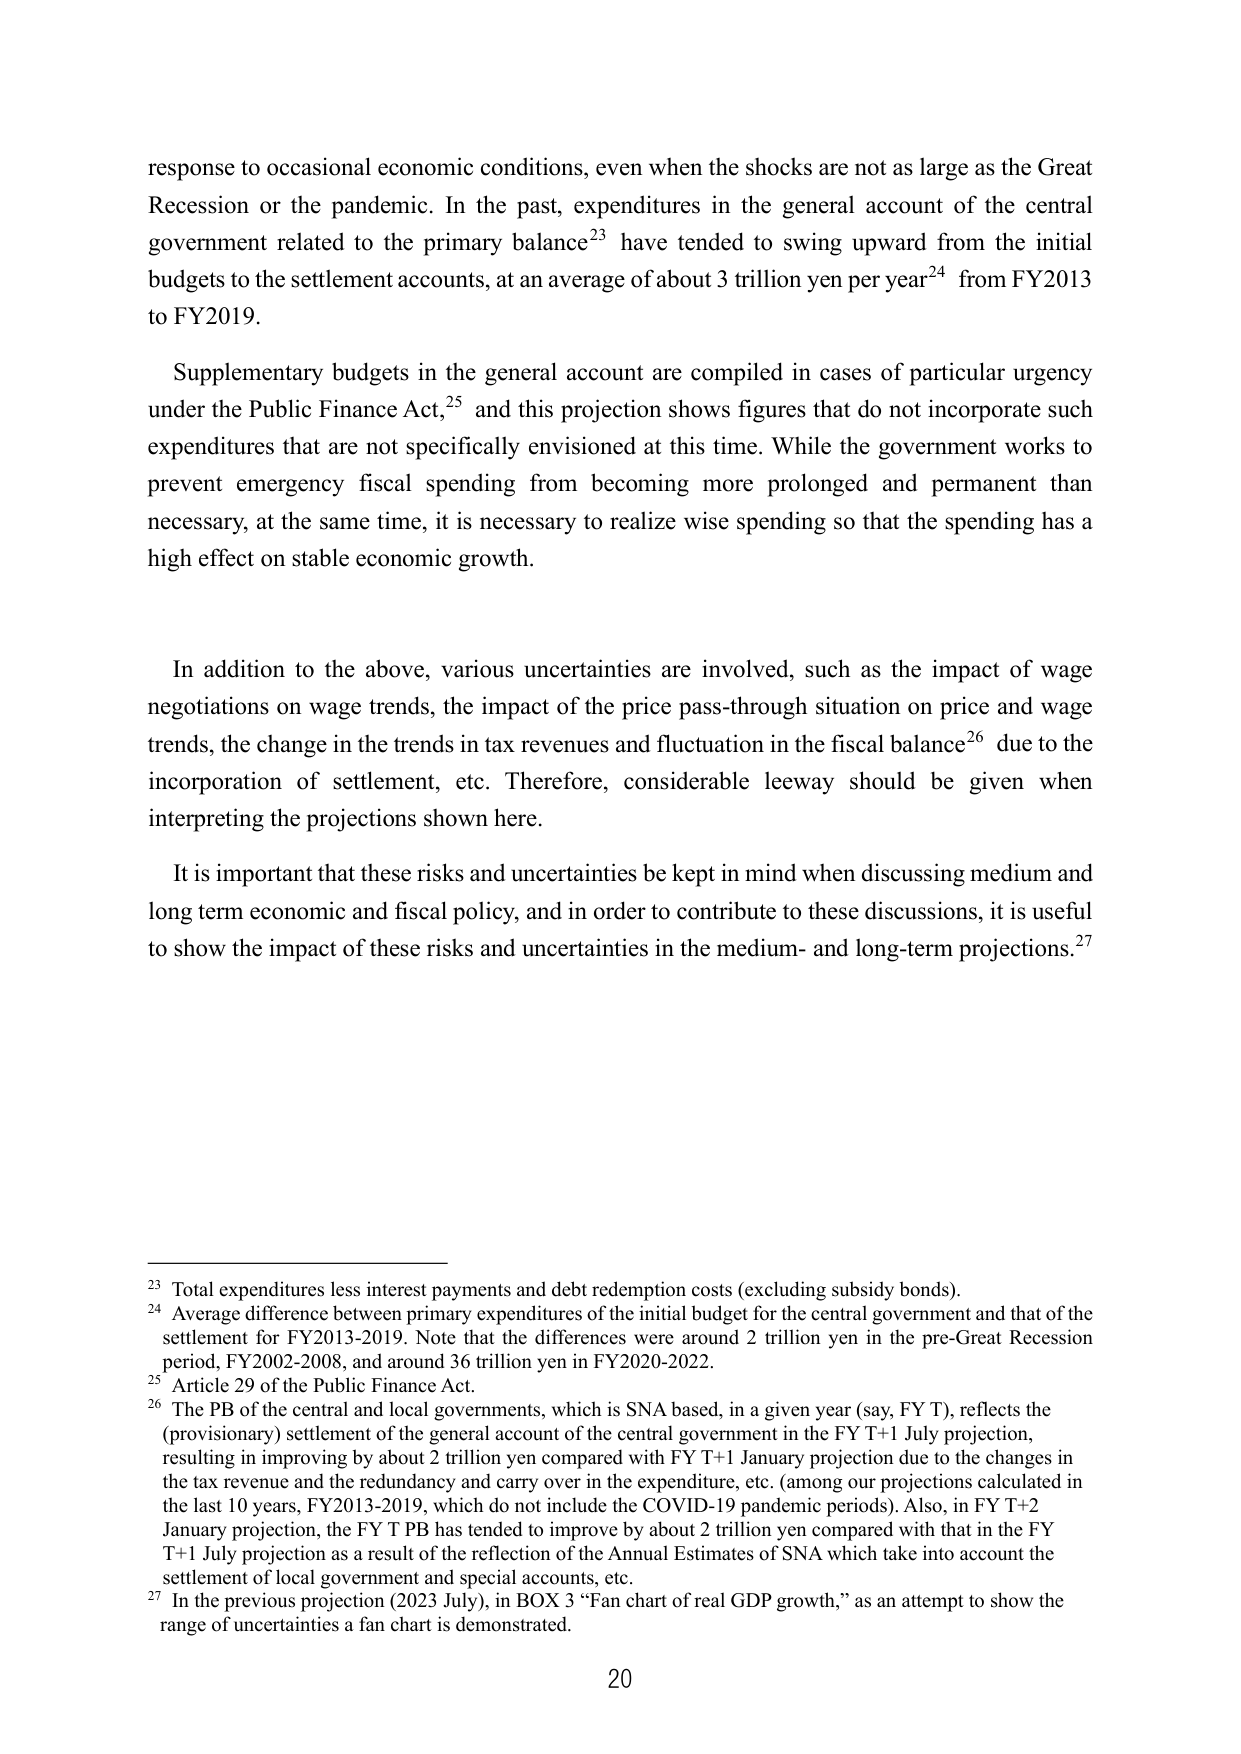
response to occasional economic conditions, even when the shocks are not as large as the Great Recession or the pandemic. In the past, expenditures in the general account of the central government related to the primary balance²³ have tended to swing upward from the initial budgets to the settlement accounts, at an average of about 3 trillion yen per year²⁴ from FY2013 to FY2019.

Supplementary budgets in the general account are compiled in cases of particular urgency under the Public Finance Act,²⁵ and this projection shows figures that do not incorporate such expenditures that are not specifically envisioned at this time. While the government works to prevent emergency fiscal spending from becoming more prolonged and permanent than necessary, at the same time, it is necessary to realize wise spending so that the spending has a high effect on stable economic growth.

In addition to the above, various uncertainties are involved, such as the impact of wage negotiations on wage trends, the impact of the price pass-through situation on price and wage trends, the change in the trends in tax revenues and fluctuation in the fiscal balance²⁶ due to the incorporation of settlement, etc. Therefore, considerable leeway should be given when interpreting the projections shown here.

It is important that these risks and uncertainties be kept in mind when discussing medium and long term economic and fiscal policy, and in order to contribute to these discussions, it is useful to show the impact of these risks and uncertainties in the medium- and long-term projections.²⁷

²³ Total expenditures less interest payments and debt redemption costs (excluding subsidy bonds).
²⁴ Average difference between primary expenditures of the initial budget for the central government and that of the settlement for FY2013-2019. Note that the differences were around 2 trillion yen in the pre-Great Recession period, FY2002-2008, and around 36 trillion yen in FY2020-2022.
²⁵ Article 29 of the Public Finance Act.
²⁶ The PB of the central and local governments, which is SNA based, in a given year (say, FY T), reflects the (provisionary) settlement of the general account of the central government in the FY T+1 July projection, resulting in improving by about 2 trillion yen compared with FY T+1 January projection due to the changes in the tax revenue and the redundancy and carry over in the expenditure, etc. (among our projections calculated in the last 10 years, FY2013-2019, which do not include the COVID-19 pandemic periods). Also, in FY T+2 January projection, the FY T PB has tended to improve by about 2 trillion yen compared with that in the FY T+1 July projection as a result of the reflection of the Annual Estimates of SNA which take into account the settlement of local government and special accounts, etc.
²⁷ In the previous projection (2023 July), in BOX 3 “Fan chart of real GDP growth,” as an attempt to show the range of uncertainties a fan chart is demonstrated.

20